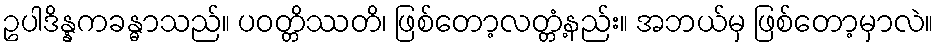
ဥပါဒိန္နကခန္ဓာသည်။ ပဝတ္တိဿတိ၊ ဖြစ်တော့လတ္တံ့နည်း။ အဘယ်မှ ဖြစ်တော့မှာလဲ။